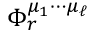
\Phi _ { r } ^ { \mu _ { 1 } \cdots \mu _ { \ell } }